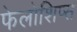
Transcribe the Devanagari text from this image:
फेलोशिप्स